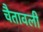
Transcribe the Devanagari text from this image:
चैतावली